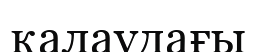
қалаудағы